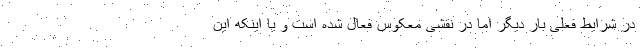
در شرایط فعلی بار دیگر اما در نقشی معکوس فعال شده است و یا اینکه این